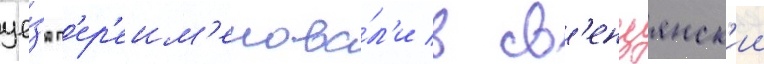
уе́зд п'ер'еим'енова́л'и в св'енцянск'ии